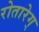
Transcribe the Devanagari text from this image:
रोतारेग्